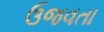
ઉજવતા